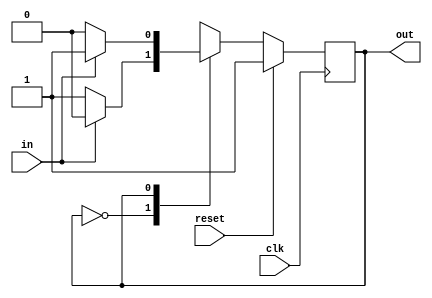
module top_module(
    input clk,
    input reset,
    input in,
    output out);  

    parameter A = 1'b0, B = 1'b1; 
    reg state, next_state;

    always @(*)  
        case (state)
            A: next_state = in ? A : B;
            B: next_state = in ? B : A;
        endcase

    always @(posedge clk)
        if (reset)
            state = B;
        else
            state = next_state;

    assign out = (state == B);
endmodule